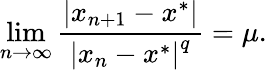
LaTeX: \operatorname*{lim}_{n\rightarrow\infty}{\frac{\left|x_{n+1}-x^{*}\right|}{\left|x_{n}-x^{*}\right|^{q}}}=\mu.